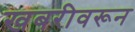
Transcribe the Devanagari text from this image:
खबरीवरून